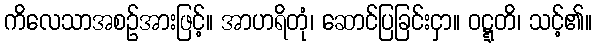
ကိလေသာအစဉ်အားဖြင့်။ အာဟရိတုံ၊ ဆောင်ပြခြင်းငှာ။ ဝဋ္ဋတိ၊ သင့်၏။